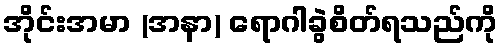
အိုင်းအမာ (အနာ) ရောဂါခွဲစိတ်ရသည်ကို